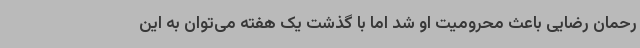
رحمان رضایی باعث محرومیت او شد اما با گذشت یک هفته می‌توان به این